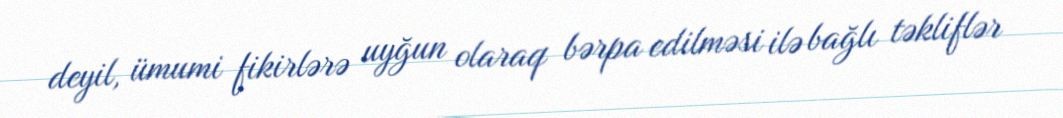
deyil, ümumi fikirlərə uyğun olaraq bərpa edilməsi ilə bağlı təkliflər